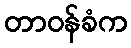
တာဝန်ခံက